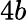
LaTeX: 4b